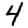
Digit: 4